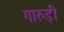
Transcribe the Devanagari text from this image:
गारुड़ी